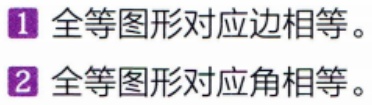
1. 全等图形对应边相等。
2. 全等图形对应角相等。